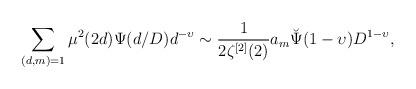
LaTeX: \begin{align*}\sum_{(d,m)=1} \mu^2(2d) \Psi(d/D) d^{-\upsilon} \sim \frac{1}{2\zeta^{[2]}(2)} a_m \breve{\Psi}(1-\upsilon) D^{1-\upsilon},\end{align*}